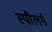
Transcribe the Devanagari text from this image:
स्पीलर्ग